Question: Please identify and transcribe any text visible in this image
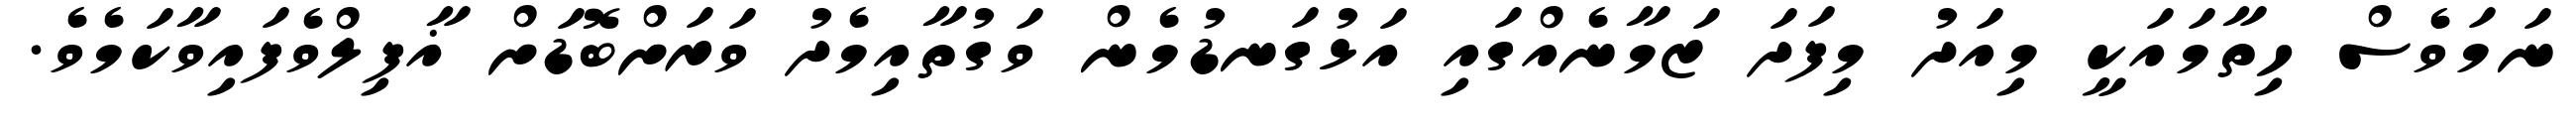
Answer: ނަމަވެސް ހިތާމައަކީ މިއަދު މިފަދަ ޒަމާނެއްގައި އަޅުގަނޑުމެން ވަގުތާއިމެދު ވަރަށްބޮޑަށް ޣާފިލްވެފައިވާކަމެވެ.